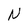
Character: N